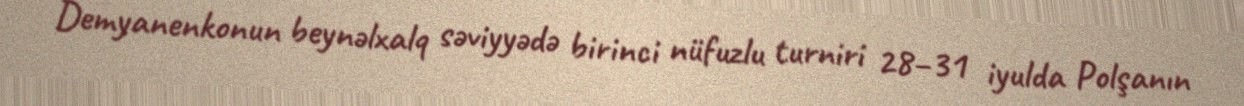
Demyanenkonun beynəlxalq səviyyədə birinci nüfuzlu turniri 28–31 iyulda Polşanın